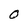
Character: 0